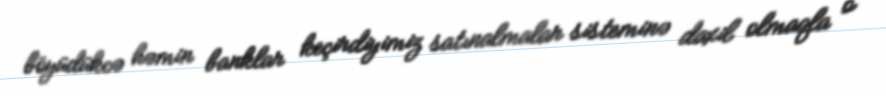
böyüdükcə həmin banklar keçirdiyimiz satınalmalar sisteminə daxil olmaqla o